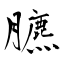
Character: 臕